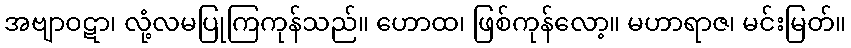
အဗျာဝဋာ၊ လုံ့လမပြုကြကုန်သည်။ ဟောထ၊ ဖြစ်ကုန်လော့။ မဟာရာဇ၊ မင်းမြတ်။